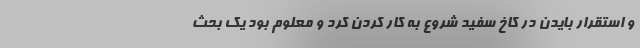
و استقرار بایدن در کاخ سفید شروع به کار کردن کرد و معلوم بود یک بحث